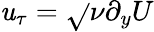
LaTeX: \mathit{u}_{\tau}=\sqrt{}{{\nu\partial_{y}U}}